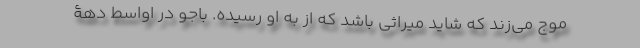
موج می‌زند که شاید میراثی باشد که از به او رسیده. باجو در اواسط دهۀ